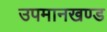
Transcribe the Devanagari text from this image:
उपमानखण्ड